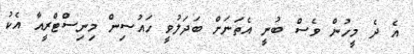
އެ ދެ މީހުން ވެސް ބުނީ އެތަނަށް ބަދަލުވީ ހައުސިން މިނިސްޓްރީއާ އެކު